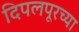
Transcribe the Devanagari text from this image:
दिपलपूरच्या